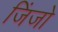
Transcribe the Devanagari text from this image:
जिंजो